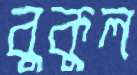
বুকুল